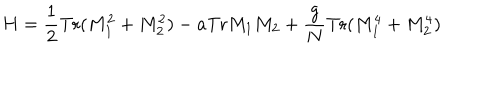
LaTeX: H = { \frac { 1 } { 2 } } \mathrm { T r } ( M _ { 1 } ^ { 2 } + M _ { 2 } ^ { 2 } ) - a \mathrm { T r } M _ { 1 } M _ { 2 } + { \frac { g } { N } } \mathrm { T r } ( M _ { 1 } ^ { 4 } + M _ { 2 } ^ { 4 } )